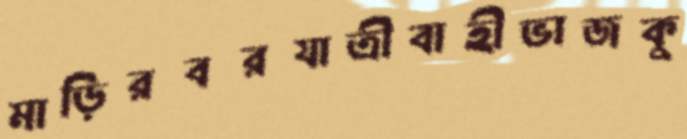
মাড়িরবরযাত্রীবাহীভাজকু